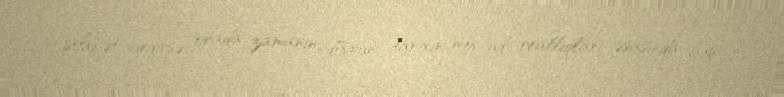
söhbət gedirsə, orada zamanın, dövrün, tarixin mövcud reallıqları əsasında baş